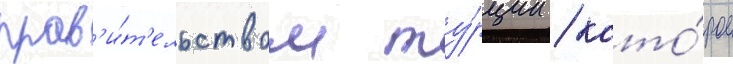
прав'и́т'ельством ту́рции / кото́рое